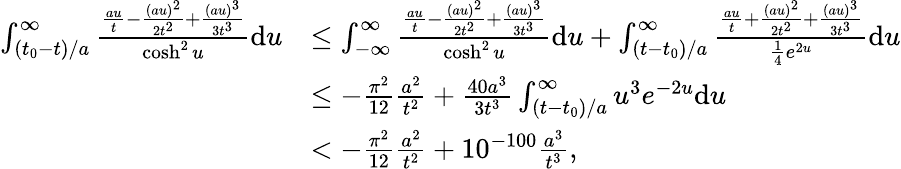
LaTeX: \begin{array}{rl}{\int_{(t_{0}-t)/a}^{\infty}\frac{\frac{au}{t}-\frac{(au)^{2}}{2t^{2}}+\frac{(au)^{3}}{3t^{3}}}{\cosh^{2}u}\mathrm{d}u}&{\le\int_{-\infty}^{\infty}\frac{\frac{au}{t}-\frac{(au)^{2}}{2t^{2}}+\frac{(au)^{3}}{3t^{3}}}{\cosh^{2}u}\mathrm{d}u+\int_{(t-t_{0})/a}^{\infty}\frac{\frac{au}{t}+\frac{(au)^{2}}{2t^{2}}+\frac{(au)^{3}}{3t^{3}}}{\frac{1}{4}e^{2u}}\mathrm{d}u}\\ &{\le-\frac{\pi^{2}}{12}\frac{a^{2}}{t^{2}}+\frac{40a^{3}}{3t^{3}}\int_{(t-t_{0})/a}^{\infty}u^{3}e^{-2u}\mathrm{d}u}\\ &{<-\frac{\pi^{2}}{12}\frac{a^{2}}{t^{2}}+10^{-100}\frac{a^{3}}{t^{3}},}\end{array}